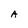
Character: A